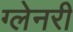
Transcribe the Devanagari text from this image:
ग्‍लेनरी